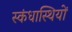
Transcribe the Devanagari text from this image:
स्कंधास्थियों